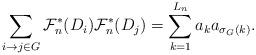
LaTeX: \begin{align*}\sum_{i \to j \in G} \mathcal{F}_n^\ast(D_i)\mathcal{F}_n^\ast(D_j) = \sum_{k = 1}^{L_n} a_k a_{\sigma_G(k)}.\end{align*}